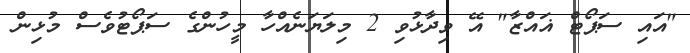
"އައި ސަޕޯޓް ޣައްޒާ" އޭ ވިދާޅުވި 2 މިލަޔަނެއްހާ މީހުންގެ ސަޕޯޓުވެސް މުޅިން